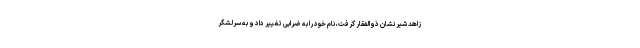
زاهد شیر نشان ذوالفقار گرفت، نام خود را به ضرابی تغییر داد و به سرلشگر